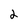
Character: 2